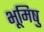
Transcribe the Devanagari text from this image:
भूमिषु